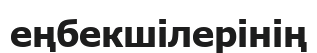
еңбекшілерінің